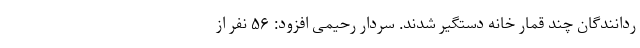
ردانندگان چند قمار خانه دستگیر شدند. سردار رحیمی افزود: ۵۶ نفر از